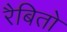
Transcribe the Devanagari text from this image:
रैबितो